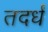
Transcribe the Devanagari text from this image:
तदर्धं